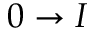
0 \rightarrow I